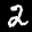
Label: 2